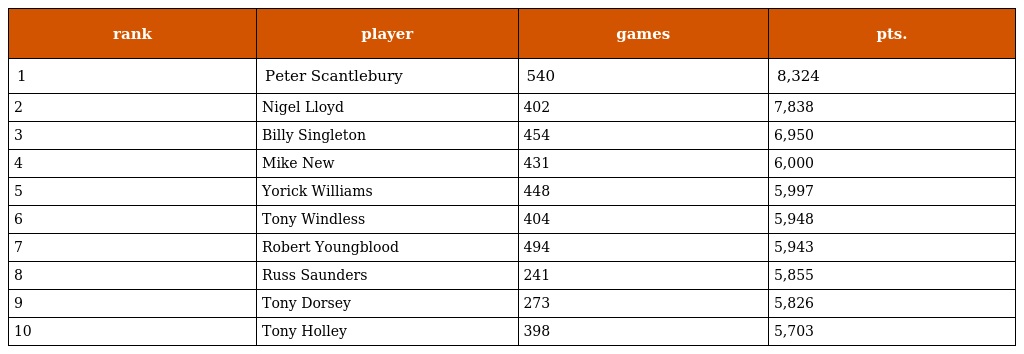
| rank | player | games | pts. |
 | --- | --- | --- | --- |
 | 1 | Peter Scantlebury | 540 | 8,324 |
 | 2 | Nigel Lloyd | 402 | 7,838 |
 | 3 | Billy Singleton | 454 | 6,950 |
 | 4 | Mike New | 431 | 6,000 |
 | 5 | Yorick Williams | 448 | 5,997 |
 | 6 | Tony Windless | 404 | 5,948 |
 | 7 | Robert Youngblood | 494 | 5,943 |
 | 8 | Russ Saunders | 241 | 5,855 |
 | 9 | Tony Dorsey | 273 | 5,826 |
 | 10 | Tony Holley | 398 | 5,703 |